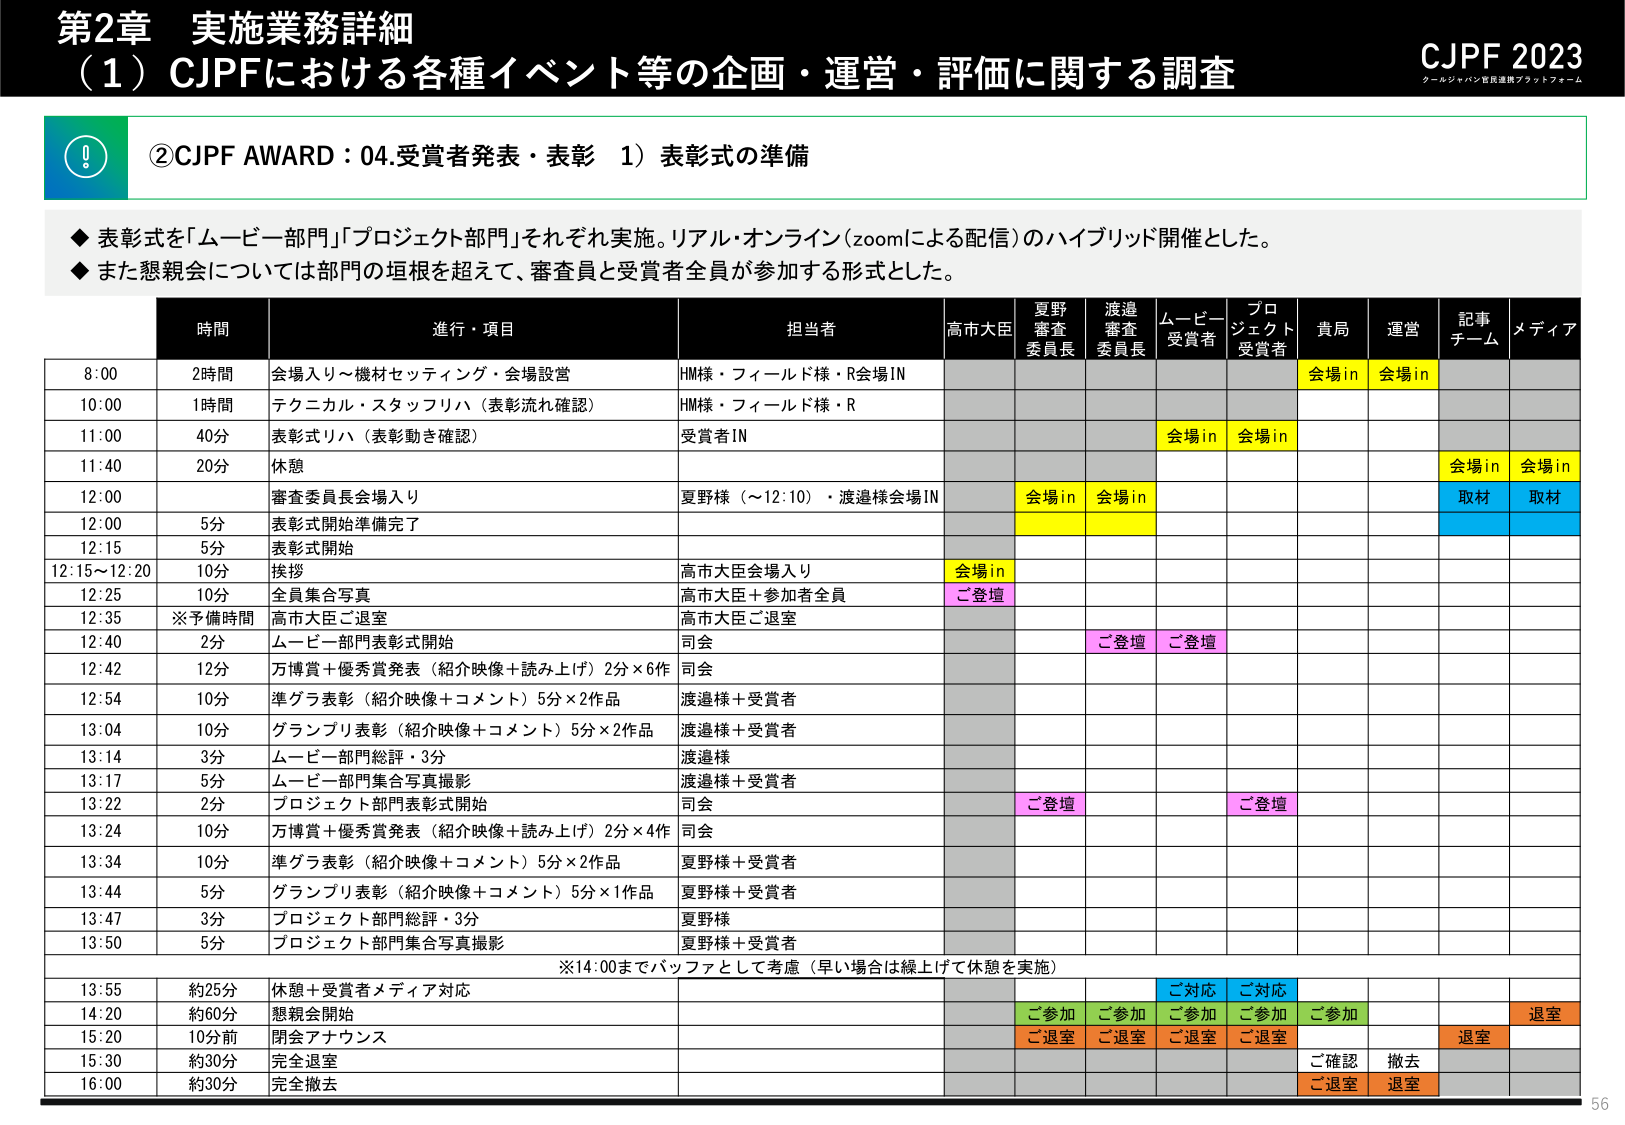
第2章 実施業務詳細
（1）CJPFにおける各種イベント等の企画・運営・評価に関する調査
CJPF 2023
クールジャパン官民連携プラットフォーム

②CJPF AWARD：04.受賞者発表・表彰 1）表彰式の準備

◆ 表彰式を「ムービー部門」「プロジェクト部門」それぞれ実施。リアル・オンライン（zoomによる配信）のハイブリッド開催とした。
◆ また懇親会については部門の垣根を超えて、審査員と受賞者全員が参加する形式とした。

時間　　進行・項目　　　　　　　　　　　　　　　担当者　　　　　高市大臣　夏野審査委員長　渡邉審査委員長　ムービー受賞者　プロジェクト受賞者　貴局　運営　記事チーム　メディア

8:00　　2時間　会場入り～機材セッティング・会場設営　HM様・フィールド様・R会場IN